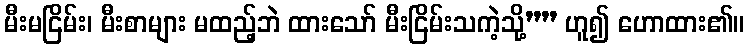
မီးမငြိမ်း၊ မီးစာများ မထည့်ဘဲ ထားသော် မီးငြိမ်းသကဲ့သို့”” ဟူ၍ ဟောထား၏။